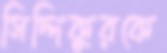
সিদ্দিকুরকে